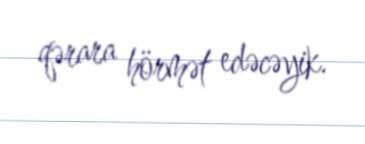
qərara hörmət edəcəyik.